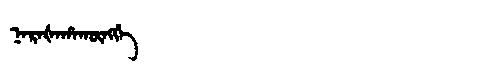
Manchu: ᠨᠠᡵᠠᡧᠠᡥᠠᡴᡡᠩᡤᡝ
Romanization: NARAŠAHAKŪNGGE